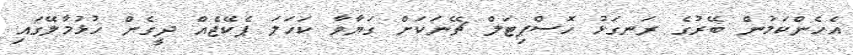
އެހެންކަމުން ބޭރުގެ ރަނގަޅު ހޮސްޕިޓަލް ޗޭނަކަށް ގަޔާވާ ކަހަލަ ޕެކޭޖެއް ދީގެން ހުޅުމާލޭގައި